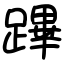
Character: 蹕